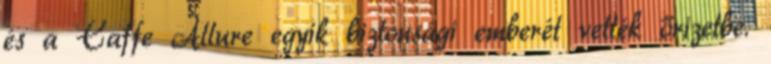
és a Caffe Allure egyik biztonsági emberét vették őrizetbe.